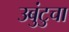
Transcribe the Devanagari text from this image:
उबुंटुचा